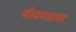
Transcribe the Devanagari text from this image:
बीजपत्राधर